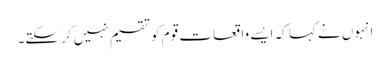
انہوں نے کہا کہ ایسے واقعات قوم کو تقسیم نہیں کر سکتے۔